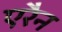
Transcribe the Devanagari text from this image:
एरैन